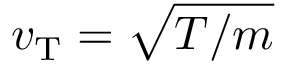
v _ { \mathrm { T } } = \sqrt { T / m }